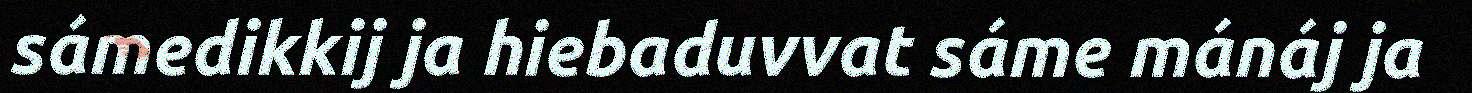
sámedikkij ja hiebaduvvat sáme mánáj ja